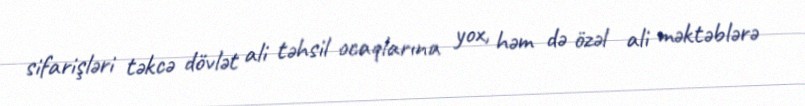
sifarişləri təkcə dövlət ali təhsil ocaqlarına yox, həm də özəl ali məktəblərə